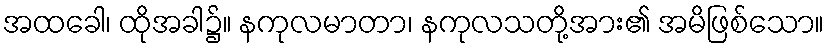
အထခေါ၊ ထိုအခါ၌။ နကုလမာတာ၊ နကုလသတို့အား၏ အမိဖြစ်သော။